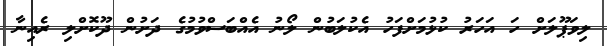
ލިވަޕޫލަށް ހަ އަހަރު ކުޅުމަށްފަހު އެކުލަބުން ލޯނު އެއްބަސްވުމުގެ ދަށުން ދޫކޮށްލި ރެއިނާ